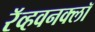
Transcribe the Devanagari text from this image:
रॅव्हवनक्लॉ